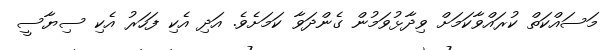
މަަސައްކަތް ކުރައްވާކަމަށް ވިދާޅުވަމުން ގެންދަވާ ކަމަށެވެ. އަދި އެކި ފަހަރު އެކި ސިޔާސީ